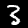
Digit: 3